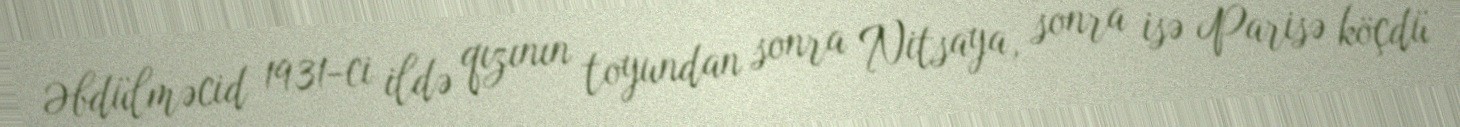
Əbdülməcid 1931-ci ildə qızının toyundan sonra Nitsaya, sonra isə Parisə köçdü